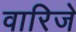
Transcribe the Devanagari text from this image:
वारिजे